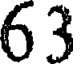
63